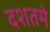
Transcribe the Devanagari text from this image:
दशतमे